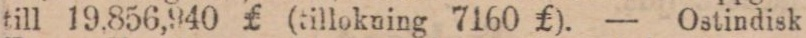
till 19,856,940 ₤ (tillokning 7160 ₤). — Ostindisk